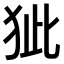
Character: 𤝭